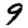
Digit: 9